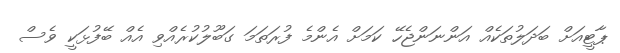
ޕާޓީއަށް ބަދަލުތަކެއް އަންނަންޖެހޭ ކަމަށް އެންމެ ފުރަތަމަ ގަބޫލުކުރެއްވި އެއް ބޭފުޅަކީ ވެސް